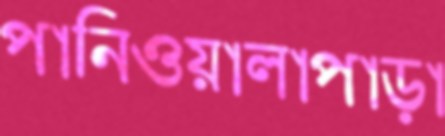
পানিওয়ালাপাড়া